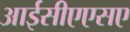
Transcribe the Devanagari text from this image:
आईसीएएसए